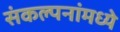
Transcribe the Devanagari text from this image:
संकल्पनांमध्ये